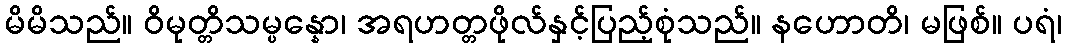
မိမိသည်။ ဝိမုတ္တိသမ္ပန္နော၊ အရဟတ္တဖိုလ်နှင့်ပြည့်စုံသည်။ နဟောတိ၊ မဖြစ်။ ပရံ၊